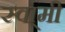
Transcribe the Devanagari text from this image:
स्वा्मी